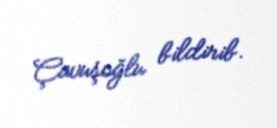
Çavuşoğlu bildirib.